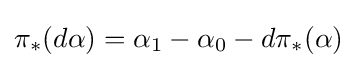
\pi _{*}(d\alpha )=\alpha _{1}-\alpha _{0}-d\pi _{*}(\alpha )